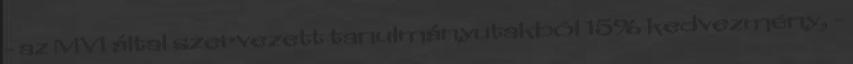
- az MVI által szervezett tanulmányutakból 15% kedvezmény, -